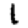
Digit: 1